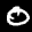
Label: 0